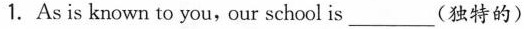
1.As is known to you, our school is ___ (独特的)